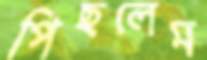
পিছলেম